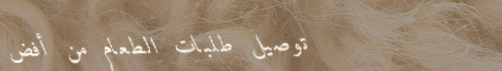
توصيل طلبات الطعام من أفض